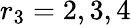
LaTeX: r_{3}=2,3,4